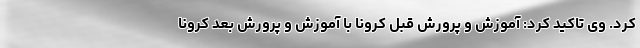
کرد. وی تاکید کرد: آموزش و پرورش قبلِ کرونا با آموزش و پرورش بعد کرونا